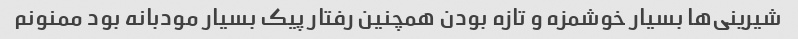
شیرینی‌ها بسیار خوشمزه و تازه بودن همچنین رفتار پیک بسیار مودبانه بود ممنونم